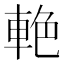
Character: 𨋭